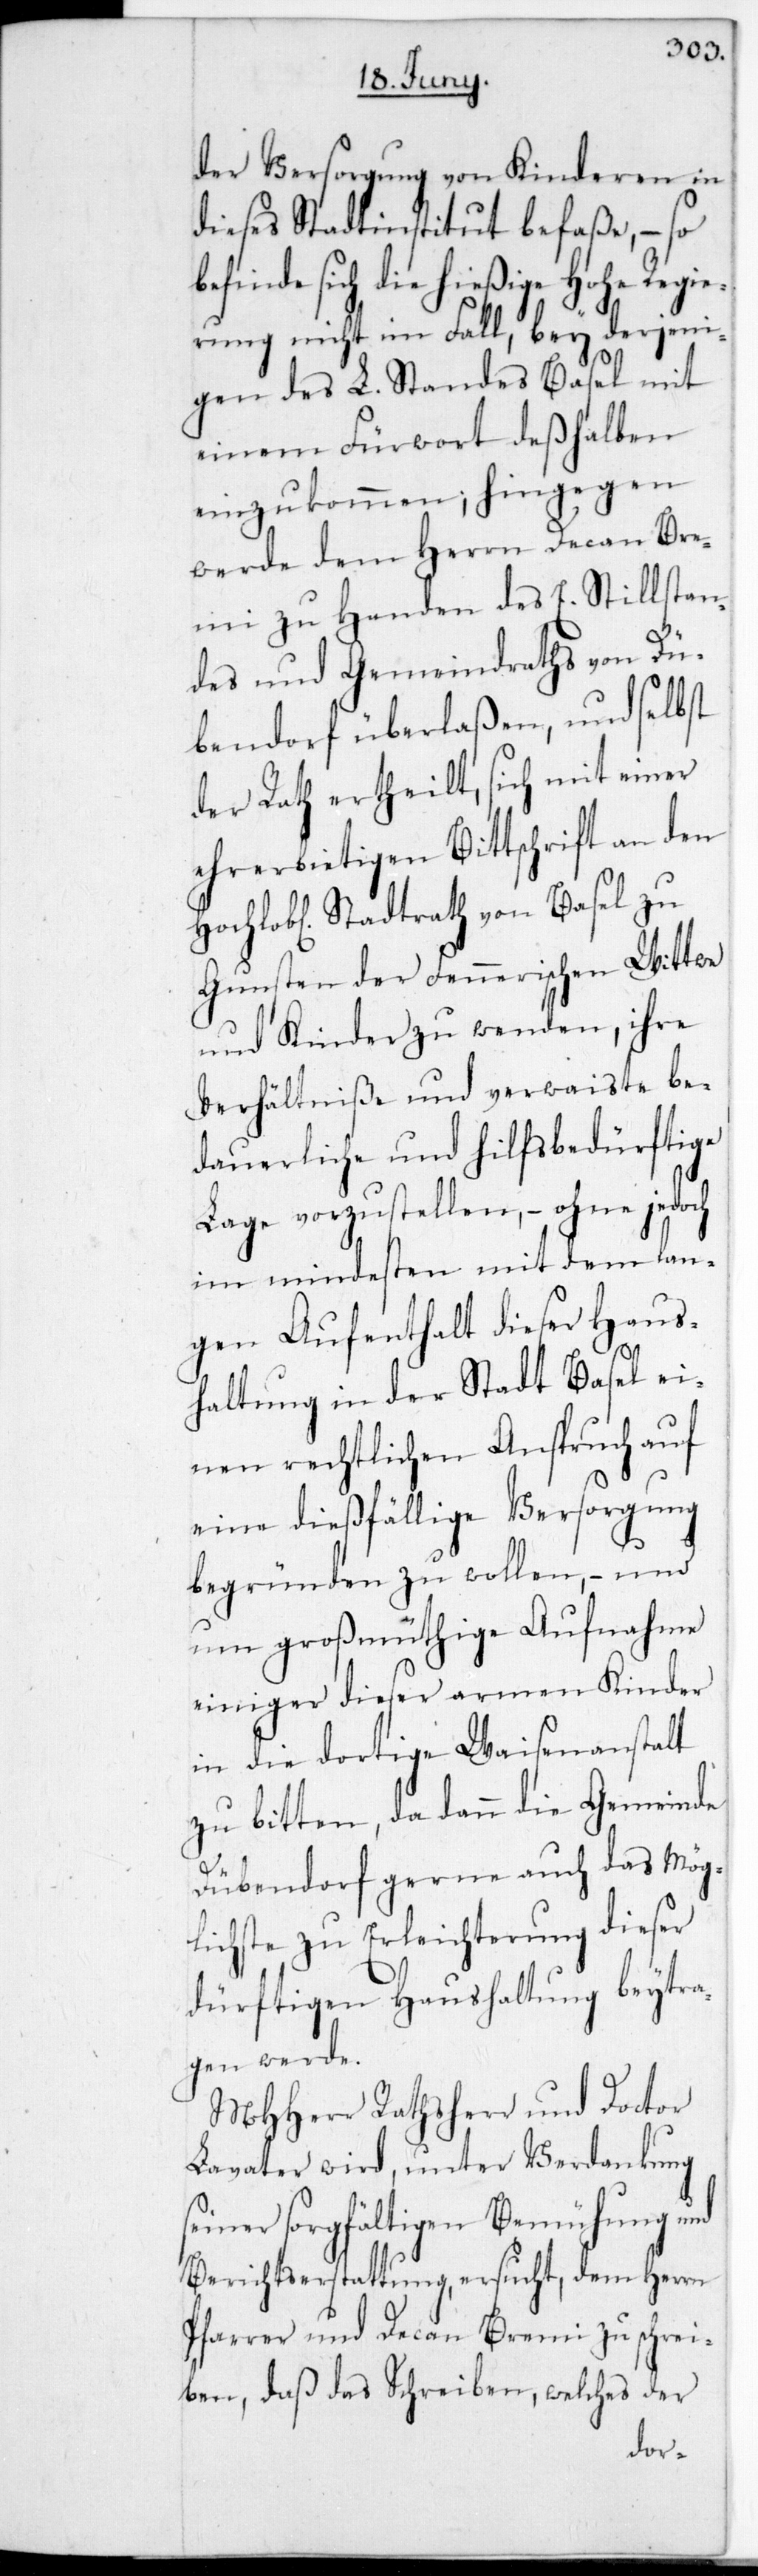
der Versorgung von Kinderen in
dieses Stadtinstitut befaße, – so
befinde sich die hießige Hohe Regie¬
rung nicht im Fall, bey derjeni¬
gen des L. Standes Basel mit
einem Fürwort deshalben
einzukommen, hingegen
werde dem Herrn Decan Bre¬
mi zu Handen des E. Stillstan¬
des und Gemeindraths von Dü¬
bendorf überlaßen, und selbst
der Rath ertheilt, sich mit einer
ehrerbietigen Bittschrift an den
Hochlobl. Stadtrath von Basel zu
Gunsten der Fennerischen Wittwe
und Kinder zu wenden, ihre
Verhältniße und verwaiste be¬
dauerliche und hilfbedürftige
Lage vorzustellen, – ohne jedoch
im Mindesten mit dem lan¬
gen Aufenthalt dieser Haus¬
haltung in der Stadt Basel ei¬
nen rechtlichen Anspruch auf
eine dießfällige Versorgung
begründen zu wollen, – und
um großmütige Aufnahme
einiger dieser armen Kinder
in die dortige Waisenanstalt
zu bitten, da dann die Gemeinde
Dübendorf gerne auch das Mög¬
lichste zu Erleichterung dieser
dürftigen Haushaltung beytra¬
gen werde.
MHHerr Rathsherr und Doctor
Lavater wird, unter Verdankung
seiner sorgfältigen Bemühung und
Berichtserstattung ersucht, dem Herrn
Pfarrer und Decan Bremi zu schrei¬
ben, daß das Schreiben, welches der